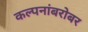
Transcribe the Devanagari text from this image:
कल्पनांबरोबर